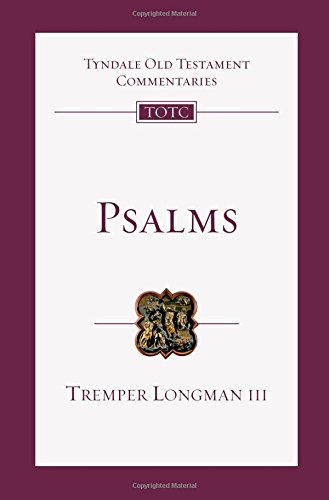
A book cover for Psalms: An Introduction and Commentary (Tyndale Old Testament Commentaries); Tremper Longman III; Christian Books & Bibles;